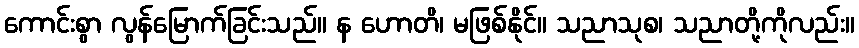
ကောင်းစွာ လွန်မြောက်ခြင်းသည်။ န ဟောတိ၊ မဖြစ်နိုင်။ သညာသုစ၊ သညာတို့ကိုလည်း။